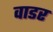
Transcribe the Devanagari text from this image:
वाडर